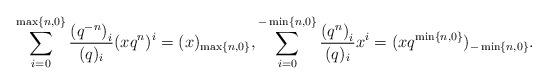
LaTeX: \begin{align*}\sum_{i = 0}^{\max\left\{n, 0 \right\}} \frac{\left(q^{-n} \right)_{i}}{(q)_{i}} (x q^{n})^{i} = (x)_{\max\left\{n, 0 \right\}}, \sum_{i = 0}^{-\min\left\{n, 0 \right\}} \frac{\left(q^{n} \right)_{i}}{(q)_{i}} x^{i} = (x q^{\min\left\{n, 0 \right\}})_{- \min\left\{n, 0 \right\}}. \end{align*}